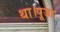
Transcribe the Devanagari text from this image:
था।पूजा